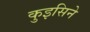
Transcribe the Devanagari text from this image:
कुइसिने